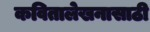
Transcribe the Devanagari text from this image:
कवितालेखनासाठी